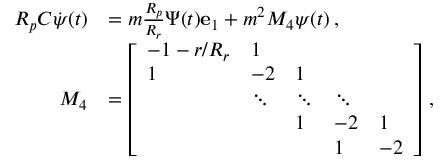
\begin{array} { r l } { R _ { p } C \dot { \boldsymbol { \psi } } ( t ) } & { = m \frac { R _ { p } } { R _ { r } } \Psi ( t ) \mathbf { e } _ { 1 } + m ^ { 2 } M _ { 4 } \boldsymbol { \psi } ( t ) \, , } \\ { M _ { 4 } } & { = \left[ \begin{array} { l l l l l } { - 1 - r / R _ { r } } & { 1 } & & & \\ { 1 } & { - 2 } & { 1 } & & \\ & { \ddots } & { \ddots } & { \ddots } & \\ & & { 1 } & { - 2 } & { 1 } \\ & & & { 1 } & { - 2 } \end{array} \right] \, , } \end{array}